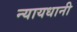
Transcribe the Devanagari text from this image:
न्यायधानी